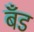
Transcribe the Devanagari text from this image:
बॅँड